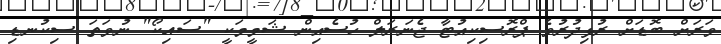
ވަރަށް ބޮޑަށް ރުޅިދުރުވެ ޕްރޮސިކިއުޓާ ޖެނަރަލް ހުސެއިން ޝަމީމަކީ "ސައިކޯ" ނުވަތަ ސިކުނޑި